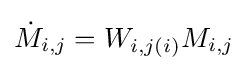
{\dot {M}}_{i,j}=W_{i,j(i)}M_{i,j}